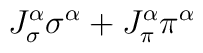
J_\sigma^\alpha \sigma^\alpha+ J_\pi^\alpha \pi^\alpha